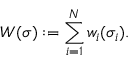
W ( \boldsymbol { \sigma } ) : = \sum _ { i = 1 } ^ { N } w _ { i } ( \sigma _ { i } ) .